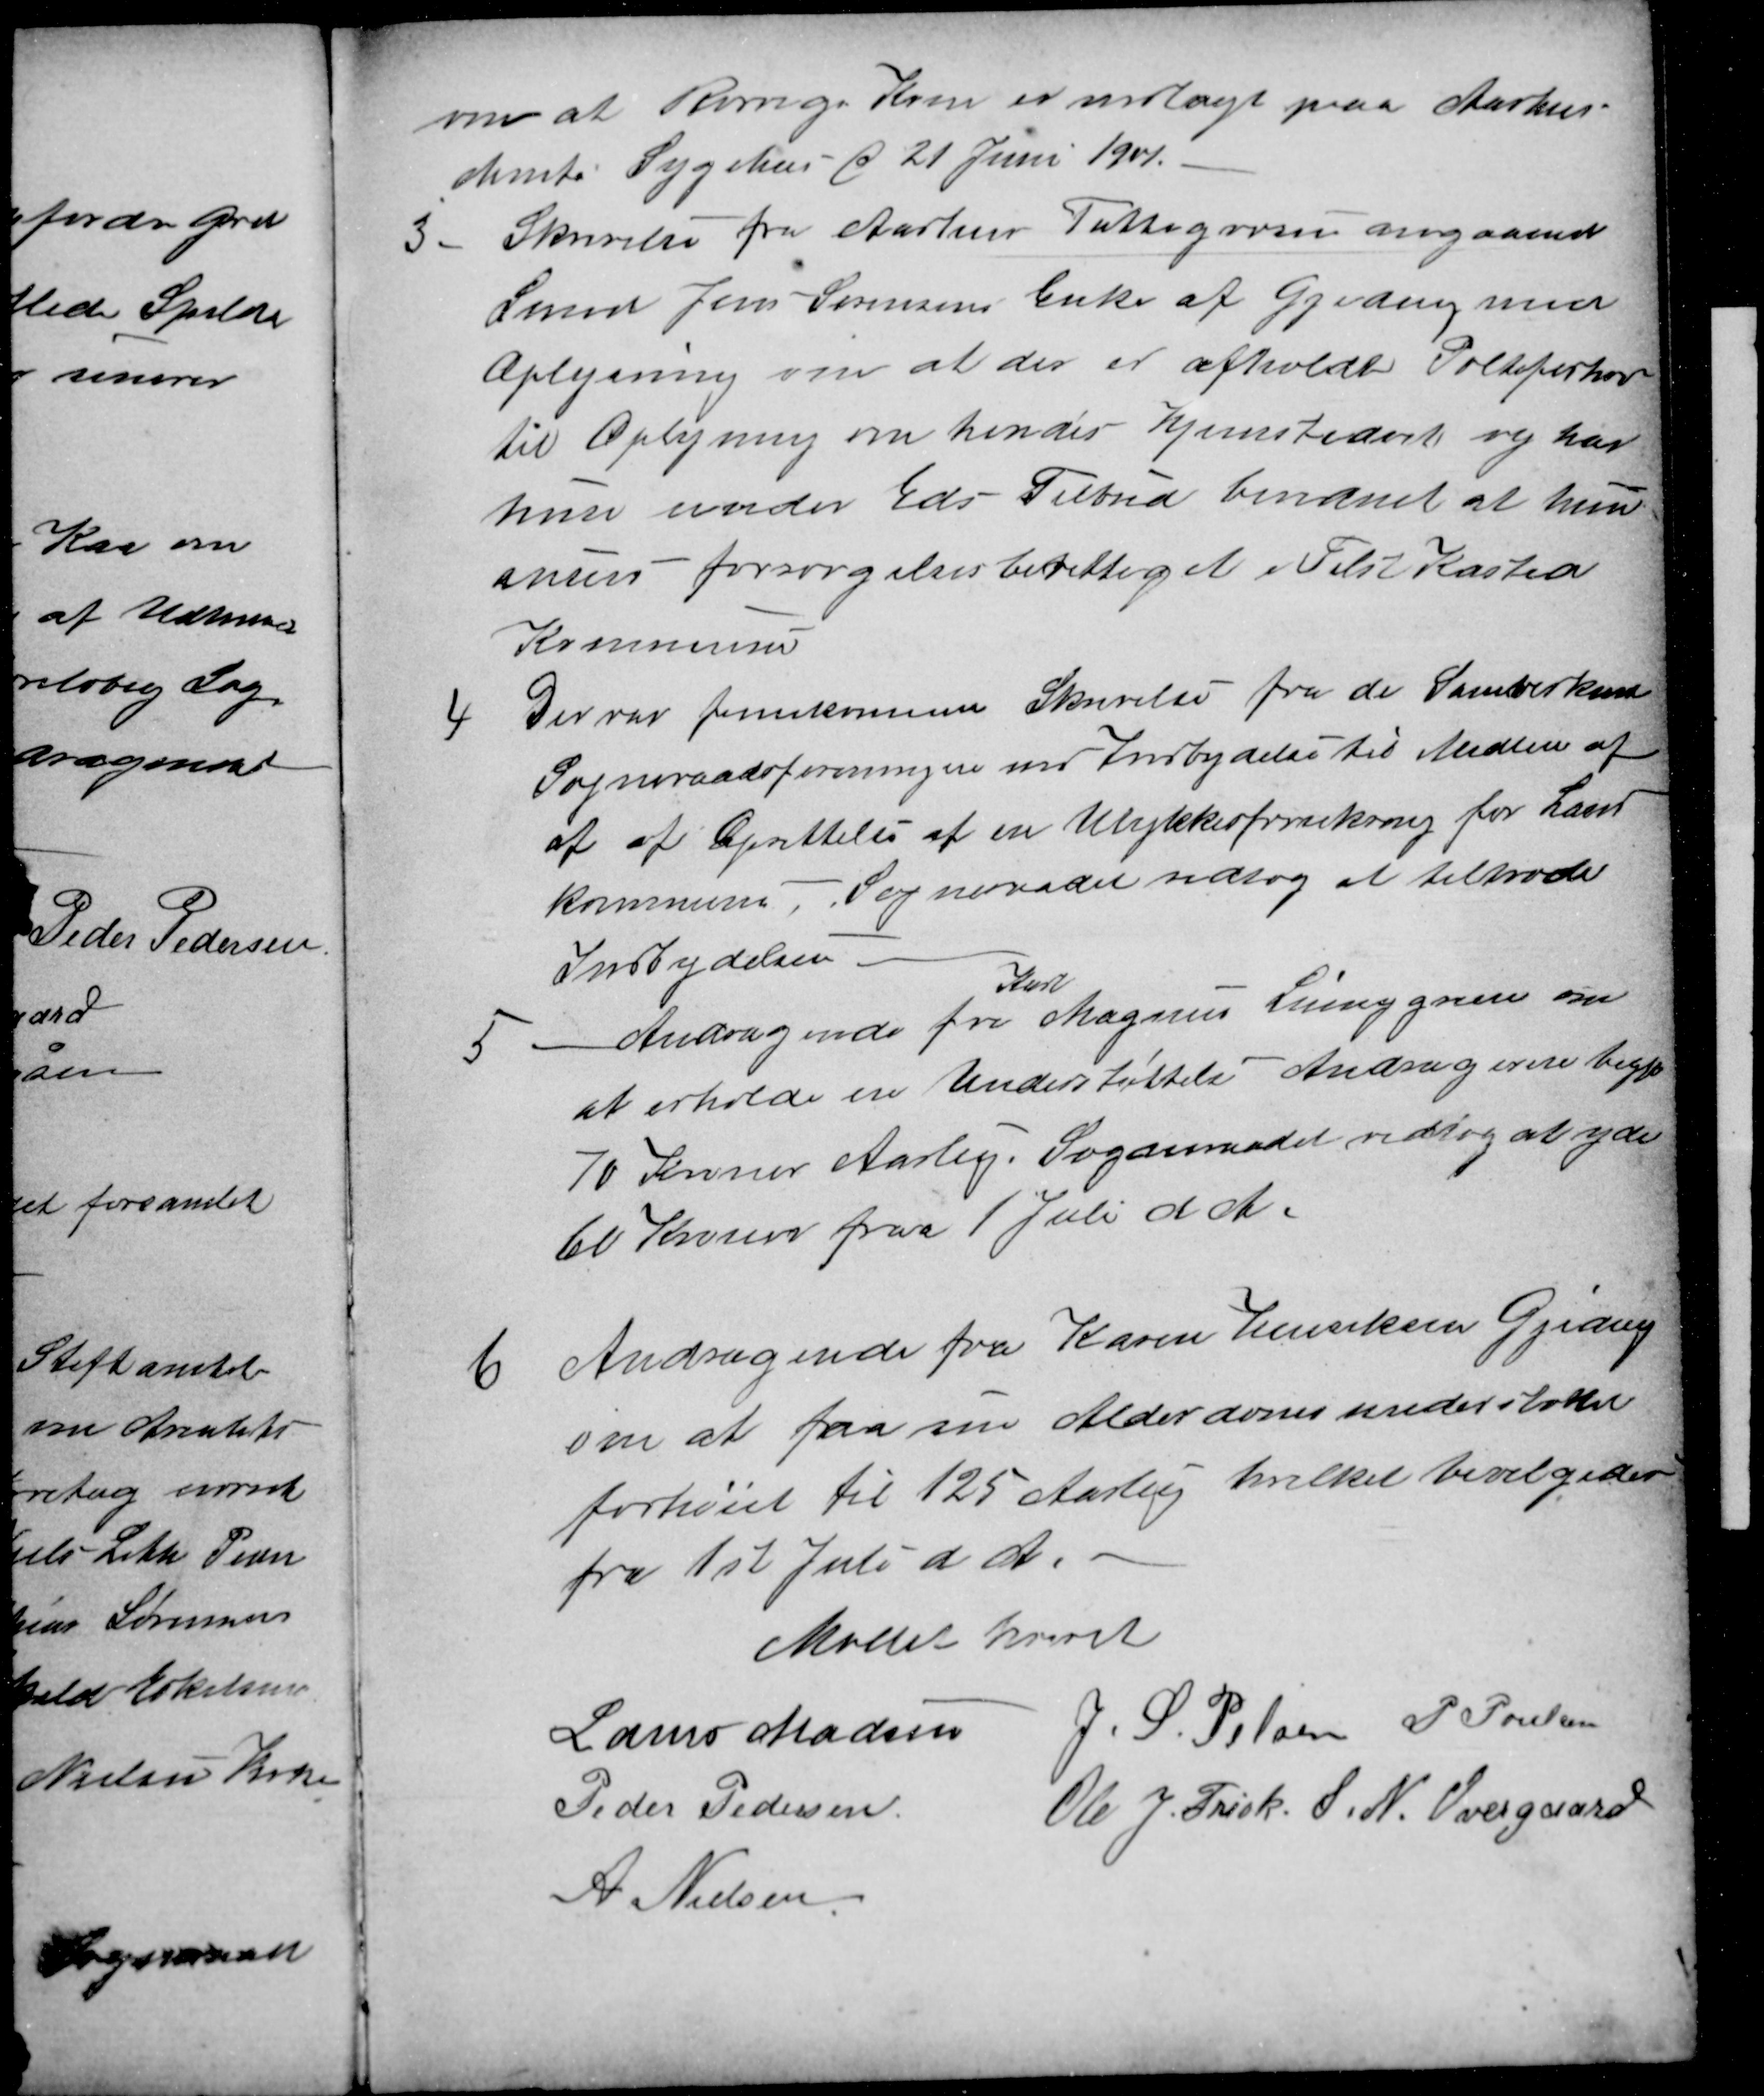
Transskription:
om at Rørvigs Kone er indlagt paa Aarhus.
Amts Sygehus d 21 Juni 1901.
3.
Skrivelse fra Aarhus Fattigvæsen angaaende
Smed Jens Sørensens Enke af Gjeding med
Oplysning om at der er afholdt Politiforhør
til Oplysning om hendes hjemstedsret og har
hun under Eds Tilbud bevidnet at hun
anses forsørgelsesberettiget i Tilst Kasted
Kommune
4
Der var fremkommen Skrivelse fra de Samvirkende
Sogneraadsforeninger med Indbydelse til Medlem af
af af Oprettelse af en Ulykkesforsikring for Land
kommuner. Sogneraadet vedtog at tiltræde
Indbydelsen
5
Andragende fra
Karl
Magnus Liunggren om
at erholde en Understøttelse Andrageren begjæ
70 Kroner Aarlig. Sogneraadet vedtog at yde
60 Kroner fra 1 Juli d. A.
6
Andragende fra Karen Henriksen Gjeding
om at faa sin Alderdomsunderstøttelse
forhøiet til 125 Aarlig hvilket bevilgedes
fra 1st Juli d A.
Mødet hævet
Laurs Madsen J. S. Pelsen P. Poulsen
Peder Pedersen
Ole J. Frisk. S. N. Overgaard
A. Nielsen